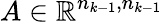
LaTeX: A\in\mathbb{R}^{n_{k-1},n_{k-1}}